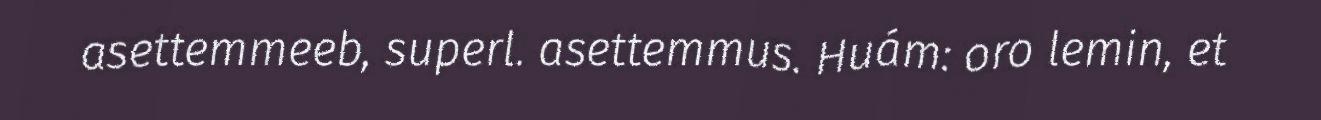
asettemmeeb, superl. asettemmus. Huám: oro lemin, et